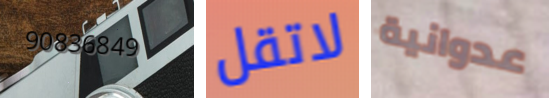
90836849 لاتقل عدوانية